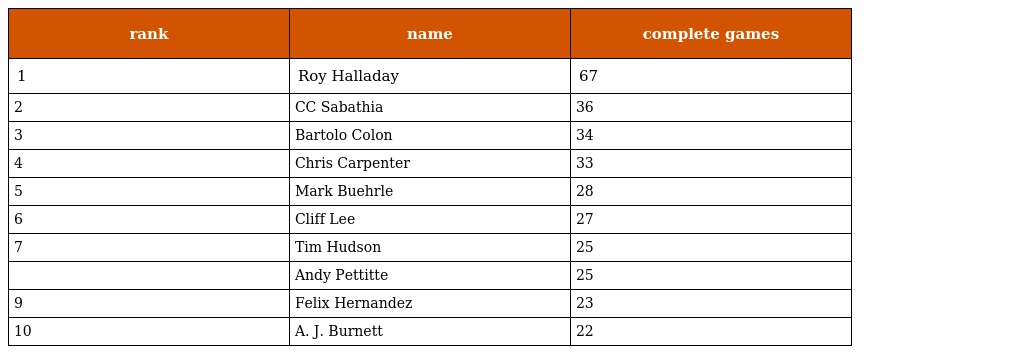
| rank | name | complete games |
 | --- | --- | --- |
 | 1 | Roy Halladay | 67 |
 | 2 | CC Sabathia | 36 |
 | 3 | Bartolo Colon | 34 |
 | 4 | Chris Carpenter | 33 |
 | 5 | Mark Buehrle | 28 |
 | 6 | Cliff Lee | 27 |
 | 7 | Tim Hudson | 25 |
 |  | Andy Pettitte | 25 |
 | 9 | Felix Hernandez | 23 |
 | 10 | A. J. Burnett | 22 |